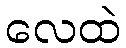
လေထဲ